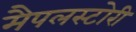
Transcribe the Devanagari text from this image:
मैपलस्टोरी